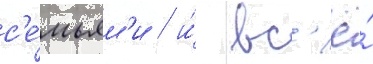
с'е́мьям'и / и́ вс'ё́